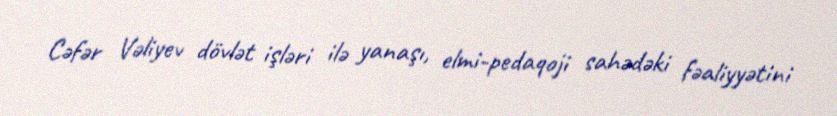
Cəfər Vəliyev dövlət işləri ilə yanaşı, elmi-pedaqoji sahədəki fəaliyyətini